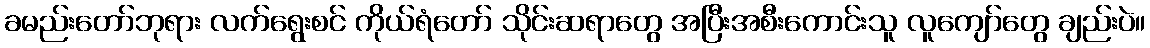
ခမည်းတော်ဘုရား လက်ရွေးစင် ကိုယ်ရံတော် သိုင်းဆရာတွေ အပြီးအစီးကောင်းသူ လူကျော်တွေ ချည်းပဲ။